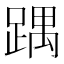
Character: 𮛵